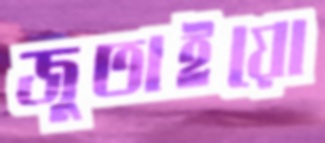
জুতাইয়ো